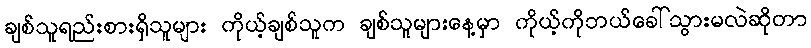
ချစ်သူရည်းစားရှိသူများ ကိုယ့်ချစ်သူက ချစ်သူများနေ့မှာ ကိုယ့်ကိုဘယ်ခေါ်သွားမလဲဆိုတာ